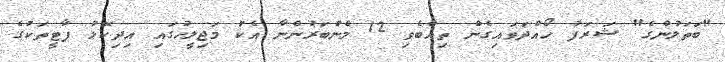
"ބަތަލުންގެ" ޝަރަފު ހޯއްދަވައިގެން ތިއްބެވި 12 މެންބަރުންނާ އެކު މަޖިލީހުގައި އިދިކޮޅު ޕާޓީތަކުގެ